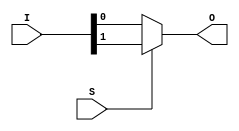
`timescale 1ns / 1ps
//////////////////////////////////////////////////////////////////////////////////

// ID          : N180116
//Branch       : ECE
//Project Name : RTL design using Verilog
//Design  Name : 2 TO 1 MUX
//Module  Name : MUX DESIGN MODULE
//RGUKT NUZVID 
//////////////////////////////////////////////////////////////////////////////////


module MUX_2x1(S,I,O);
input S;
input [1:0]I;
output O;

assign O = S ? (I[1]) : (I[0]) ;

endmodule